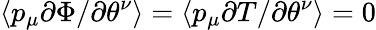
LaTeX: \langle p_{\mu}\partial\Phi/\partial\theta^{\nu}\rangle=\langle p_{\mu}\partial T/\partial\theta^{\nu}\rangle=0